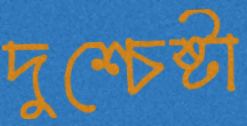
দুশ্চেষ্টা